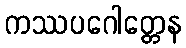
ကဿပဂေါတ္တေန